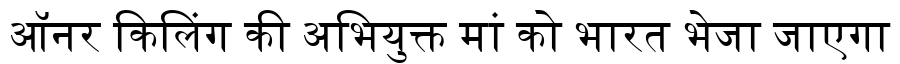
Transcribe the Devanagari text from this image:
ऑनर किलिंग की अभियुक्त मां को भारत भेजा जाएगा